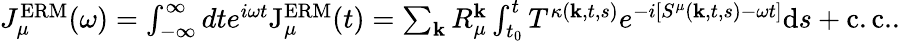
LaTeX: \begin{array}{r}{J_{\mu}^{\mathrm{ERM}}(\omega)=\int_{-\infty}^{\infty}dte^{i\omega t}\mathrm{J}_{\mu}^{\mathrm{ERM}}(t)=\sum_{\mathbf{k}}R_{\mu}^{\mathbf{k}}\int_{t_{0}}^{t}T^{\kappa(\textbf{k},t,s)}e^{-i\left[S^{\mu}(\mathbf{k},t,s)-\omega t\right]}\mathrm{d}s+\mathrm{c.c.}.}\end{array}